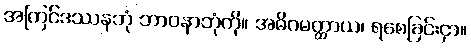
အကြင်ဒဿနဘုံ ဘာဝနာဘုံကို။ အဓိဂမတ္ထာယ၊ ရစေခြင်းငှာ။